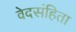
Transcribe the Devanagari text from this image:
वेदसंहिता